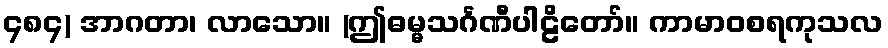
၄၈၄) အာဂတာ၊ လာသော။ (ဤဓမ္မသင်္ဂဏီပါဠိတော်။ ကာမာဝစရကုသလ